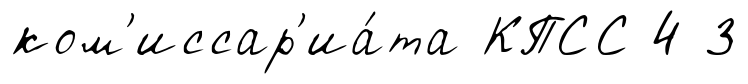
ком'иссар'иа́та КПСС 4 3